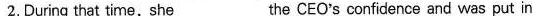
2.During that time,she___the CEO's confidence and was put in